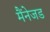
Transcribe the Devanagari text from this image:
मैंनेजड